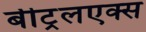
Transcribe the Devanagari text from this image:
बीट्रलएक्स